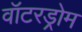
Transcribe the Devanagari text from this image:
वॉटरड्रोम